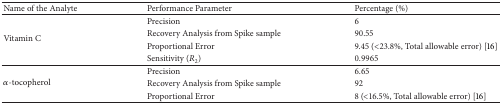
| Name of the Analyte | Performance Parameter | Percentage (%) |
 | --- | --- | --- |
 | <ROWSPAN=4> Vitamin C | Precision | 6 |
 | Recovery Analysis from Spike sample | 90.55 |
 | Proportional Error | 9.45 (<23.8%, Total allowable error) [16] |
 | Sensitivity (R2) | 0.9965 |
 | <ROWSPAN=3> α-tocopherol | Precision | 6.65 |
 | Recovery Analysis from Spike sample | 92 |
 | Proportional Error | 8 (<16.5%, Total allowable error) [16] |